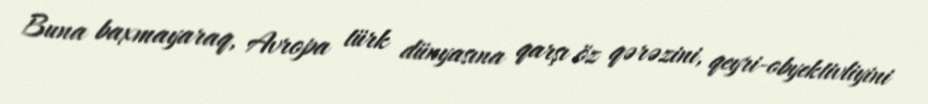
Buna baxmayaraq, Avropa türk dünyasına qarşı öz qərəzini, qeyri-obyektivliyini